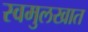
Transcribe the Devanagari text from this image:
स्वमुलखात